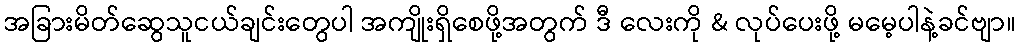
အခြားမိတ်ဆွေသူငယ်ချင်းတွေပါ အကျိုးရှိစေဖို့အတွက် ဒီ လေးကို & လုပ်ပေးဖို့ မမေ့ပါနဲ့ခင်ဗျာ။